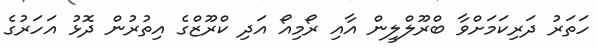
ހަތަރު ދަރިކަމަށްވާ ބްރޫލްލީން އާއި ރޯމިއޯ އަދި ކްރޫޒްގެ އިތުރުން ދޮޅު އަހަރުގެ